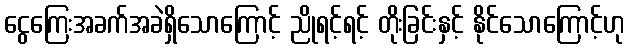
ငွေကြေးအခက်အခဲရှိသောကြောင့် ညိုရင့်ရင့် တိုးခြင်းနှင့် နိုင်သောကြောင့်ဟု